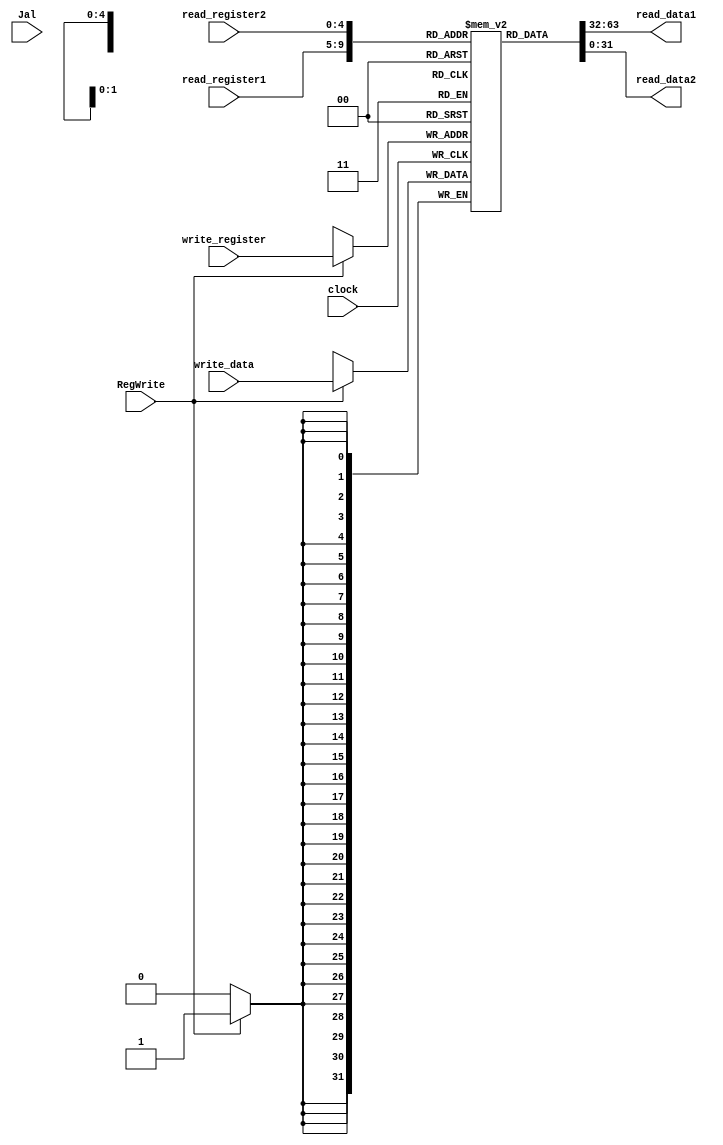
module BankRegister (
	input clock, RegWrite, Jal, 
	input [4:0] read_register1, read_register2, write_register, 
	input [31:0] write_data,
	output [31:0] read_data1, read_data2
);
 
 reg [31:0] register[31:0];
	
	 
	assign  read_data1 = register[read_register1];
	assign  read_data2 = register[read_register2];

 
 always @(negedge clock)
 begin
	
    if(RegWrite)
		begin
			register[write_register] <= write_data;
		end
 end
endmodule